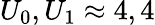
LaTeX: U_{0},U_{1}\approx 4,4